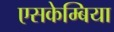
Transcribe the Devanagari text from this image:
एसकेम्बिया